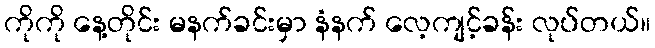
ကိုကို နေ့တိုင်း မနက်ခင်းမှာ နံနက် လေ့ကျင့်ခန်း လုပ်တယ်။